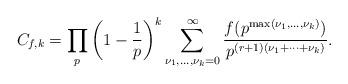
LaTeX: \begin{align*} C_{f,k}= \prod_p \left(1-\frac1{p}\right)^k \sum_{\nu_1,\ldots,\nu_k=0}^{\infty}\frac{f(p^{\max(\nu_1,\ldots,\nu_k)})}{p^{(r+1)(\nu_1 +\cdots+\nu_k)}}.\end{align*}